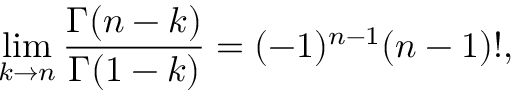
\operatorname * { l i m } _ { k \rightarrow n } \frac { \Gamma ( n - k ) } { \Gamma ( 1 - k ) } = ( - 1 ) ^ { n - 1 } ( n - 1 ) ! ,